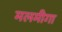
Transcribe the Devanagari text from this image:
मलमीगा